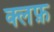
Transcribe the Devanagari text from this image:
क्लफ़